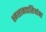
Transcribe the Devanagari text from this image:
श्मशानवासियांना